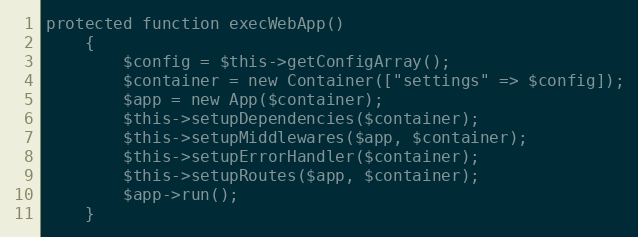
Language: PHP
protected function execWebApp()
    {
        $config = $this->getConfigArray();
        $container = new Container(["settings" => $config]);
        $app = new App($container);
        $this->setupDependencies($container);
        $this->setupMiddlewares($app, $container);
        $this->setupErrorHandler($container);
        $this->setupRoutes($app, $container);
        $app->run();
    }